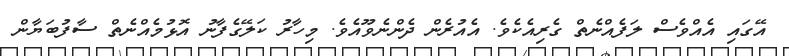
އޭގައި އެއްވެސް ލަފެއްނެތް ގެރިއެކެވެ. އެއުރެން ދެންނެވޫއެވެ. މިހާރު ކަލޭގެފާނު އޮޅުމެއްނެތް ސާފުބަޔާން